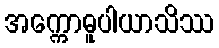
အက္ကောဓူပါယာသိဿ